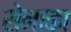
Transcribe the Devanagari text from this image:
सेनाका